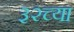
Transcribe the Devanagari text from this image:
३२च्या